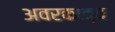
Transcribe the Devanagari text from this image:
अवरकाव्य